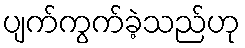
ပျက်ကွက်ခဲ့သည်ဟု